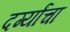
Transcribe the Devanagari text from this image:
दर्ग्यांचा